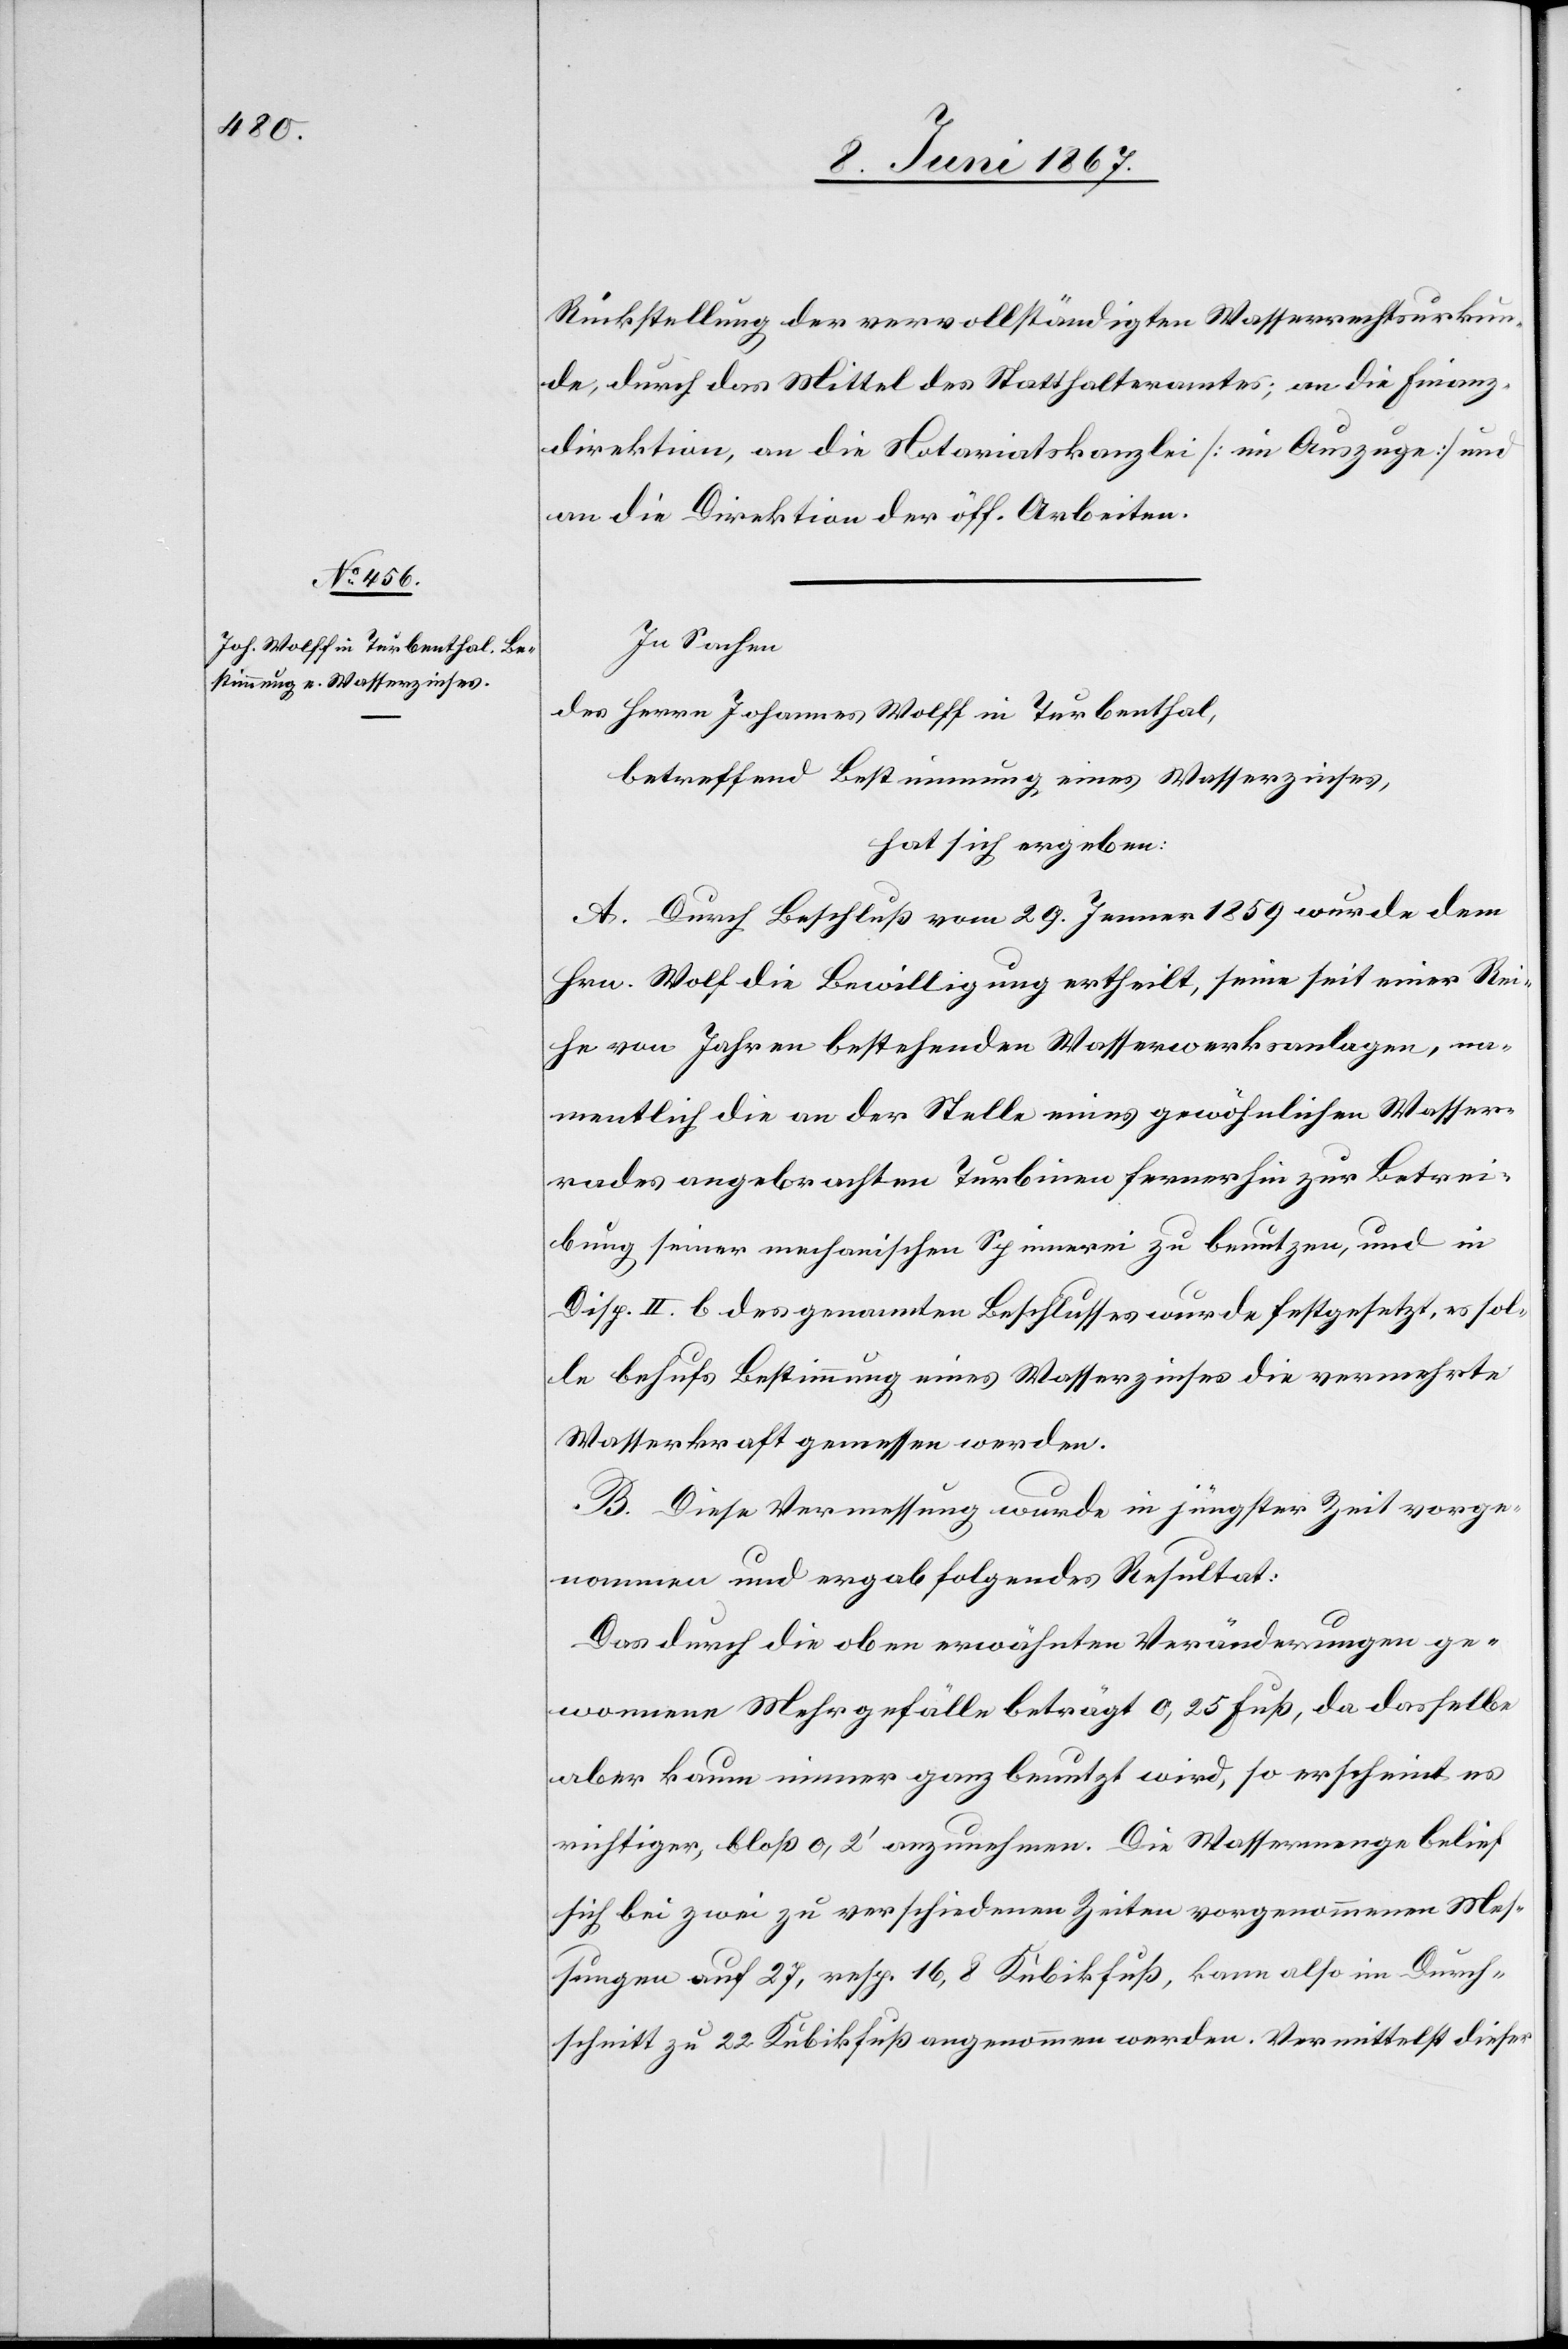
Rückstellung der vervollständigten Wasserrechtsurkun¬
de, durch das Mittel des Statthalteramtes; an die Finanz¬
direktion, an die Notariatskanzlei [im Auszuge] und
an die Direktion der öff. Arbeiten.
In Sachen
des Herren Johannes Wolff in Turbenthal,
betreffend Bestimmung eines Wasserzinses,
hat sich ergeben:
A. Durch Beschluß vom 29. Jenner 1859 wurde dem
Hrn. Wolf[f] die Bewilligung ertheilt, seine seit einer Rei¬
he von Jahren bestehenden Wasserwerksanlagen, na¬
mentlich die an der Stelle eines gewöhnlichen Wasser¬
rades angebrachten Turbinen fernerhin zur Betrei¬
bung seiner mechanischen Spinnerei zu benutzen, und in
Disp. II. b des genannten Beschlusses wurde festgesetzt, es sol¬
le behufs Bestimmung eines Wasserzinses die vermehrte
Wasserkraft gemessen werden.
B. Diese Vermessung wurde in jüngster Zeit vorge¬
nommen und ergab folgendes Resultat:
Das durch die oben erwähnten Veränderungen ge¬
wonnene Mehrgefälle beträgt 0,25 Fuß, da dasselbe
aber kaum immer ganz benutzt wird, so erscheint es
richtiger, bloß 0.2’ anzunehmen. Die Wassermenge belief
sich bei zwei zu verschiedenen Zeiten vorgenommenen Mes¬
sungen auf 27, resp. 16,8 Kubikfuß, kann also im Durch¬
schnitt zu 22 Kubikfuß angenommen werden. Vermittelst dieser